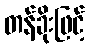
တန်ခိုးဖြင့်